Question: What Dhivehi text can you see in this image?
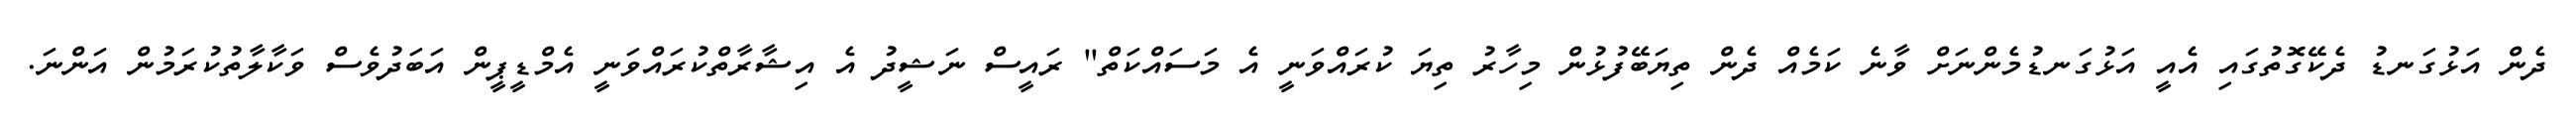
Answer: ދެން އަޅުގަނޑު ދެކޭގޮތުގައި އެއީ އަޅުގަނޑުމެންނަށް ވާނެ ކަމެއް ދެން ތިޔަބޭފުޅުން މިހާރު ތިޔަ ކުރައްވަނީ އެ މަސައްކަތް" ރައީސް ނަޝީދު އެ އިޝާރާތްކުރައްވަނީ އެމްޑީޕީން އަބަދުވެސް ވަކާލާތުކުރަމުން އަންނަ.